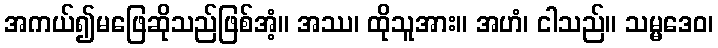
အကယ်၍မဖြေဆိုသည်ဖြစ်အံ့။ အဿ၊ ထိုသူအား။ အဟံ၊ ငါသည်။ သမ္မဒေဝ၊